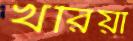
খরিয়া